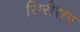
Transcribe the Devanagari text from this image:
सिरीराग